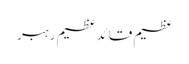
عظیم قائدعظیم رہبر